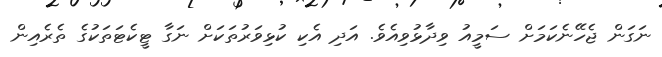
ނަގަން ޖެހޭނެކަމަށް ސަމީއު ވިދާޅުވިއެވެ. އަދި އެކި ކުޅިވަރުތަކަށް ނަގާ ޓީކެޓަތަކުގެ ތެރެއިން